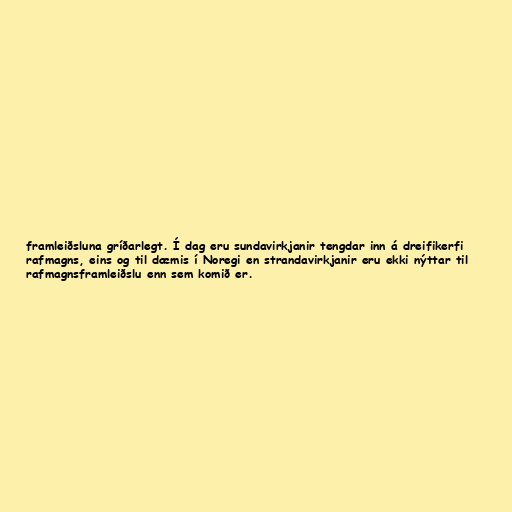
framleiðsluna gríðarlegt. Í dag eru sundavirkjanir tengdar inn á dreifikerfi
rafmagns, eins og til dæmis í Noregi en strandavirkjanir eru ekki nýttar til
rafmagnsframleiðslu enn sem komið er.